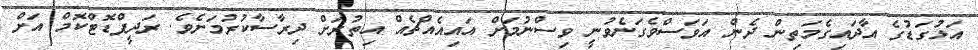
އަޅުގަޑުގެ އާދައިގެމަތިން ދެން އަވަސްވެގަނެވުނީ ވިސްނުމަށް އައިއެއްޗެއް އިތުރަށް ދިރާސާކުރުމަށެވެ. ރަދީފްޑޮޓްކޮމް އަށް